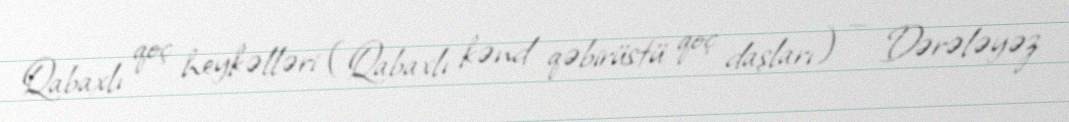
Qabaxlı qoç heykəlləri (Qabaxlı kənd qəbirüstü qoç daşları) — Dərələyəz